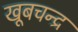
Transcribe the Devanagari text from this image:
खूबचन्द्र